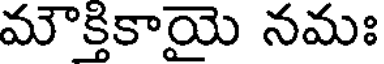
మౌక్తికాయై నమః